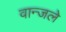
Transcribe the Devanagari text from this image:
वान्जले